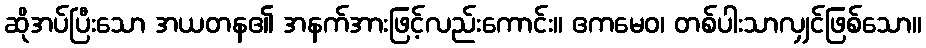
ဆိုအပ်ပြီးသော အယတန၏ အနက်အားဖြင့်လည်းကောင်း။ ဧကမေဝ၊ တစ်ပါးသာလျှင်ဖြစ်သော။